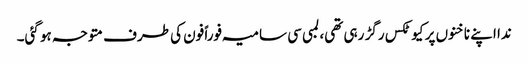
ندا اپنے ناخنوں پر کیوٹکس رگڑ رہی تھی، لمبی سی سامیہ فوراً فون کی طرف متوجہ ہو گئی۔